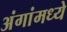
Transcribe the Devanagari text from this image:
अंगांमध्ये